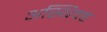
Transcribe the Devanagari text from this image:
अस्थिवह